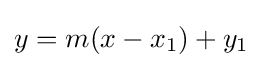
y=m(x-x_{1})+y_{1}